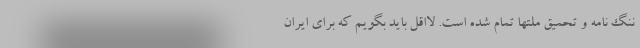
ننگ نامه و تحمیق ملتها تمام شده است. لااقل باید بگویم که برای ایران